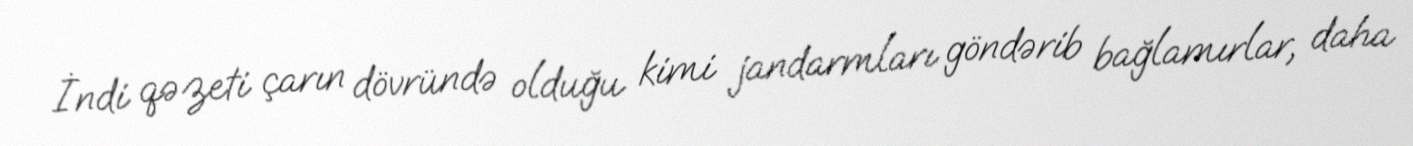
İndi qəzeti çarın dövründə olduğu kimi jandarmları göndərib bağlamırlar, daha